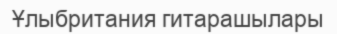
Ұлыбритания гитарашылары